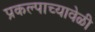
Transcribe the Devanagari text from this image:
प्रकल्पाच्यावेळी